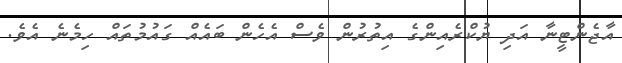
އާޖެންޓީނާ އަދި ޔުކްރެއިންގެ އިތުރުން ވެސް އެހެން ބައެއް ގައުމުތައް ހިމެނެ އެވެ.